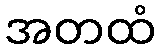
အတထံ